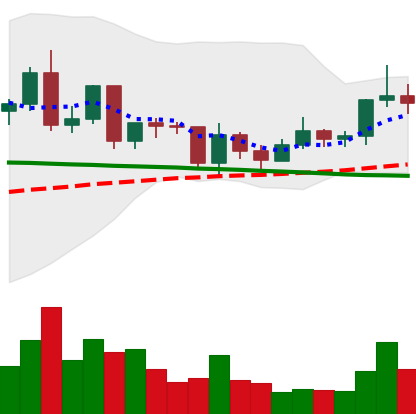
Ticker: ETC-USD
Chart end date: 2020-12-18
Forward return: -20.661%
Label: down_7plus